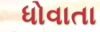
ધોવાતા